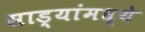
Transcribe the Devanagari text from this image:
साड्यांमध्ये